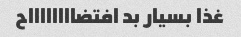
غذا بسیار بد افتضااااااااح